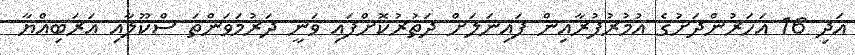
އަދި 16 އަހަރުންދަށުުގެ އުމުރުފުރާއިން ފައިނަލަށް ދަތުރުކޮށްފައި ވަނީ ދަރުމަވަންތަ ސްކޫލާއި އަރަބިއްޔާ